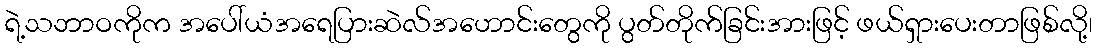
ရဲ့သဘာဝကိုက အပေါ်ယံအရေပြားဆဲလ်အဟောင်းတွေကို ပွတ်တိုက်ခြင်းအားဖြင့် ဖယ်ရှားပေးတာဖြစ်လို့၊